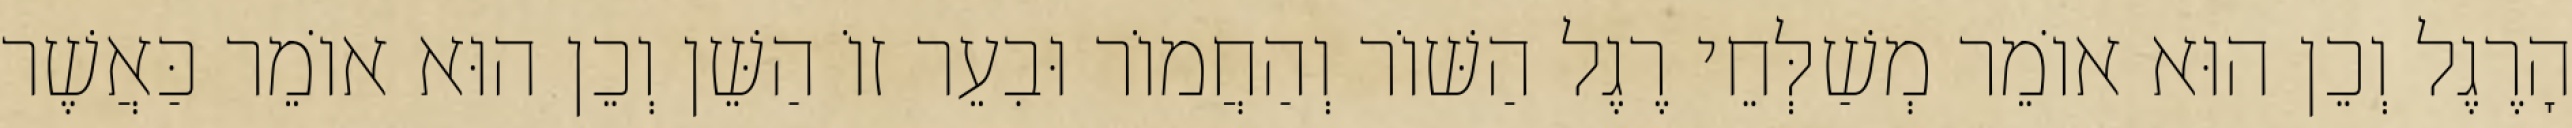
הָרֶגֶל וְכֵן הוּא אוֹמֵר מְשַׁלְּחֵי רֶגֶל הַשּׁוֹר וְהַחֲמוֹר וּבִעֵר זוֹ הַשֵּׁן וְכֵן הוּא אוֹמֵר כַּאֲשֶׁר